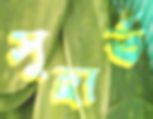
সুহার্ত